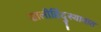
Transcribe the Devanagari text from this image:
सालीहिंदुस्थानात